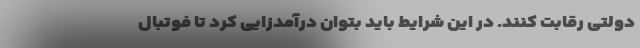
دولتی رقابت کنند. در این شرایط باید بتوان درآمدزایی کرد تا فوتبال